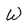
Character: W